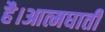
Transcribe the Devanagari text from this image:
है।आत्मघाती